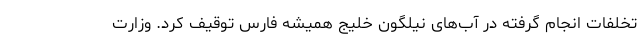
تخلفات انجام گرفته در آب‌های نیلگون خلیج همیشه فارس توقیف کرد. وزارت